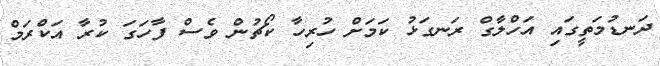
ދަނޑުމަތީގައި އަހްލާގް ރަނގަޅު ކަމަށް ހުރިހާ ކޯޗުން ވެސް ފާހަގަ ކުރާ އަކްރަމް